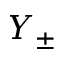
Y _ { \pm }